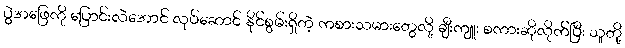
ပွဲအဖြေကို ပြောင်းလဲအောင် လုပ်ဆောင် နိုင်စွမ်းရှိတဲ့ ကစားသမားတွေလို့ ချီးကျူး စကားဆိုလိုက်ပြီး သူတို့